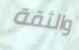
والثقة